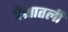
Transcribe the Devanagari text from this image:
पैशातली